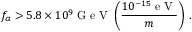
f _ { a } > 5 . 8 \times 1 0 ^ { 9 } \mathrm { ~ G ~ e ~ V ~ } \left( \frac { 1 0 ^ { - 1 5 } \mathrm { ~ e ~ V ~ } } { m } \right) \, .